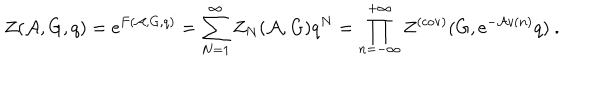
Z ( { \cal A } , G , q ) = \mathrm { e } ^ { F ( { \cal A } , G , q ) } = \sum _ { N = 1 } ^ { \infty } Z _ { N } ( { \cal A } , G ) q ^ { N } = \prod _ { n = - \infty } ^ { + \infty } Z ^ { ( \mathrm { c o v ) } } ( G , \mathrm { e } ^ { - { \cal A } v ( n ) } q ) ~ .